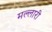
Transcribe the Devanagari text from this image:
मल्लारी